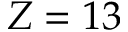
Z = 1 3